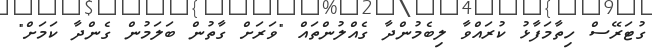
ގުޓަރޭސް ހިތާމަފާޅު ކުރައްވާ ލިބެމުންދާ ގެއްލުންތައް "ވަރަށް ގާތުން ބަލަމުން ގެންދާ ކަމަށް"